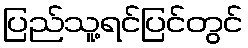
ပြည်သူ့ရင်ပြင်တွင်